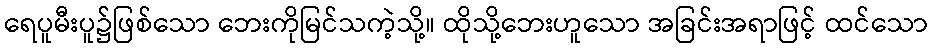
ရေပူမီးပူ၌ဖြစ်သော ဘေးကိုမြင်သကဲ့သို့။ ထိုသို့ဘေးဟူသော အခြင်းအရာဖြင့် ထင်သော